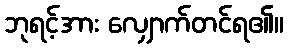
ဘုရင့်အား လျှောက်တင်ရ၏။